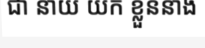
ជា នាយ យក ខ្លួននាង